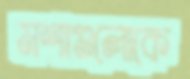
মশাগুলোকে